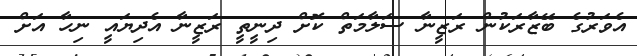
އެވަރުގެ ބޭޒާރަކުން ރަޒީނާ ސަލާމަތް ކޮށް ދިނީތީ ރަޒީނާ އެދިޔައީ ނިހާ އަށް